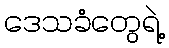
ဒေသခံတွေရဲ့